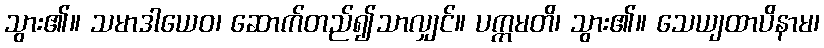
သွား၏။ သမာဒါယေဝ၊ ဆောက်တည်၍သာလျှင်။ ပက္ကမတိ၊ သွား၏။ သေယျထာပိနာမ၊